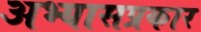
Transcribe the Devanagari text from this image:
अभ्यासप्रकार